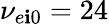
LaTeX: \nu_{e\mathbf{i}0}=24